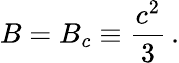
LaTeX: B=B_{c}\equiv\frac{c^{2}}{3}\, .